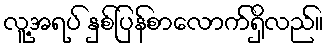
လူ့အရပ် နှစ်ပြန်စာလောက်ရှိလည်။